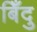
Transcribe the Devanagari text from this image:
बिँदु